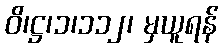
ဝိ၊ဋ္ဌ၊၁၊၁၁၂၊ မှယူရန်